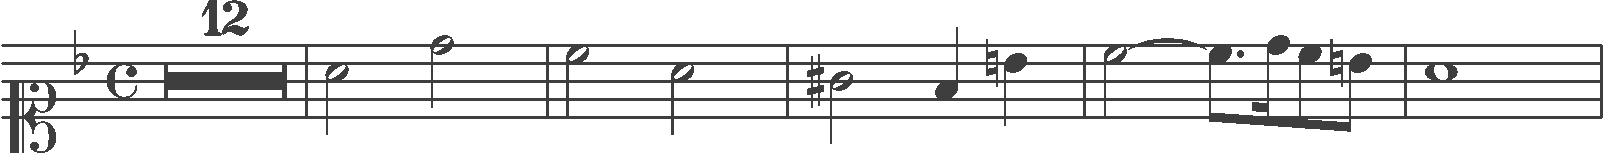
Transcription: clef-C1 keySignature-FM timeSignature-C multirest-12 barline note-A4_half note-D5_half barline note-C5_half note-A4_half barline note-G#4_half note-F4_quarter note-B4_quarter barline note-C5_half tie note-C5_eighth. note-D5_sixteenth note-C5_eighth note-B4_eighth barline note-A4_whole barline